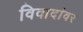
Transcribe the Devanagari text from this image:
विवादांवर